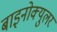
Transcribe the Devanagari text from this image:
बाइनोक्युलर